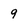
Character: 9